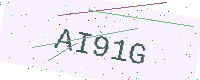
Text: AI91G